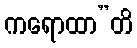
ကရောထာ”တိ